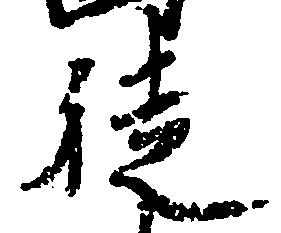
徒